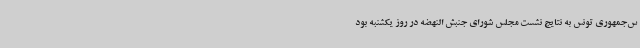
س‌جمهوری تونس به نتایج نشست مجلس شورای جنبش النهضه در روز یکشنبه بود